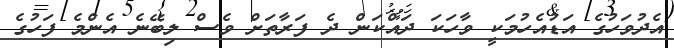
އެދުވަހުގެ އަޑުއެހުމަކީ ވާހަކަ ދައްކަން ދެ ފަރާތަށް ވެސް ލިބޭނެ އެންމެ ފަހުގެ